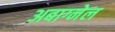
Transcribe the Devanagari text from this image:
अबाग्नेल